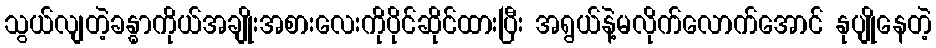
သွယ်လျတဲ့ခန္ဓာကိုယ်အချိုးအစားလေးကိုပိုင်ဆိုင်ထားပြီး အရွယ်နဲ့မလိုက်လောက်အောင် နုပျိုနေတဲ့